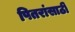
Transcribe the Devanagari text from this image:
पितरांसाठी